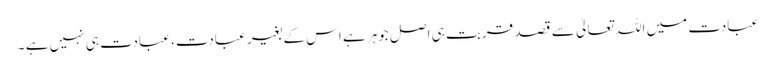
عبادت میں اللہ تعالیٰ سے قصد قربت ہی اصل جوہر ہے اس کے بغیر عبادت، عبادت ہی نہیں ہے ۔